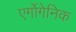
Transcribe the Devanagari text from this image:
एर्गोगेनिक